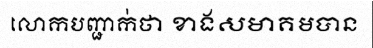
លោកបញ្ជាក់ថា ខាងសមាគមបាន